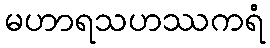
မဟာရသဟဿကရံ